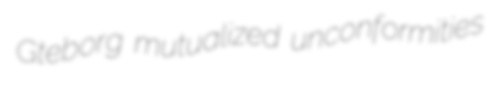
Gteborg mutualized unconformities